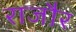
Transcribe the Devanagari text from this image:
राजौर